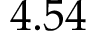
4 . 5 4